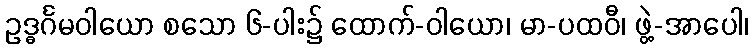
ဥဒ္ဓင်္ဂမဝါယော စသော ၆-ပါး၌ ထောက်-ဝါယော၊ မာ-ပထဝီ၊ ဖွဲ့-အာပေါ၊